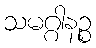
သမဂ္ဂါနဉ္စ